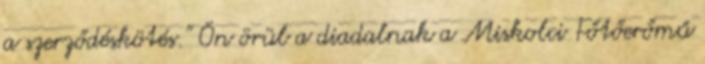
a szerződéskötés.” Ön örül a diadalnak a Miskolci Főtőerőmű